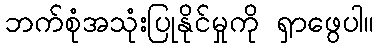
ဘက်စုံအသုံးပြုနိုင်မှုကို ရှာဖွေပါ။